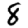
Digit: 8